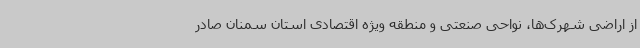
از اراضی شهرک‌ها، نواحی صنعتی و منطقه ویژه اقتصادی استان سمنان صادر